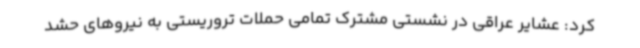
کرد: عشایر عراقی در نشستی مشترک تمامی حملات تروریستی به نیروهای حشد